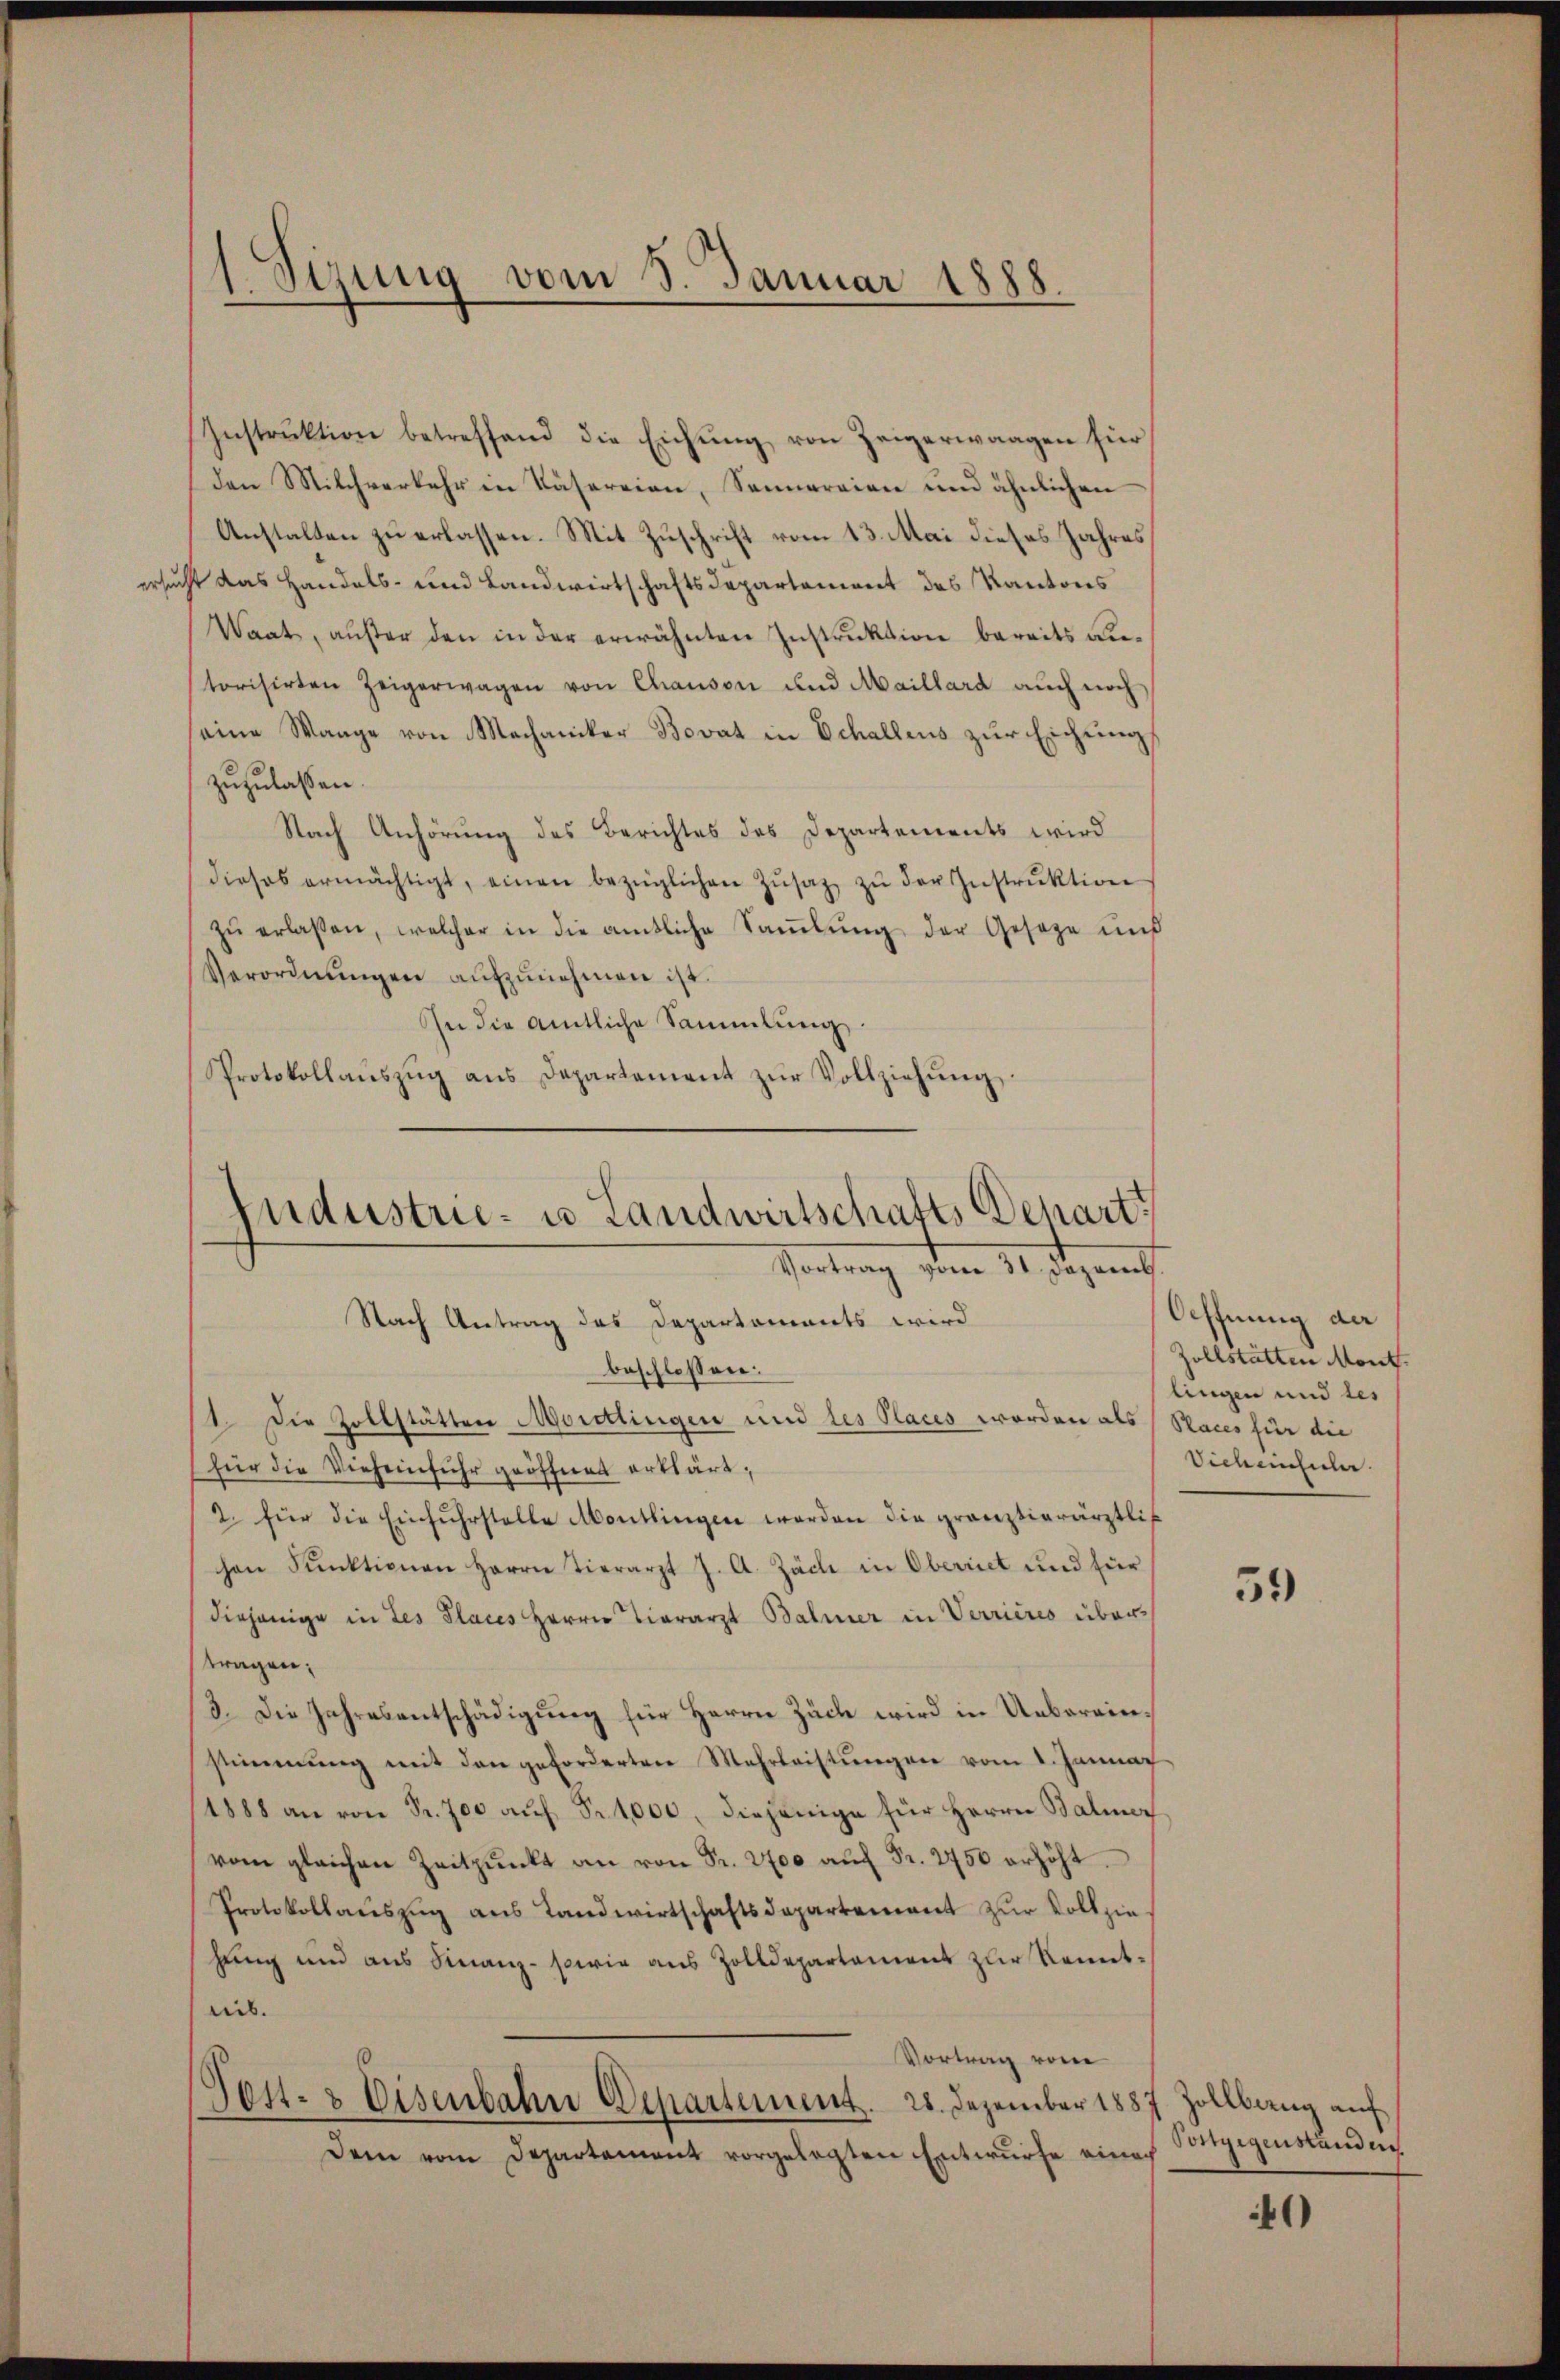
1 Sizung vom 8. Januar 1888.

Instrŭktion betreffend die Eichŭng von Zeigerwaagen für
den Milchverkehr in Käsereien, Sennereien und ähnlichen
Anstalten zu erlassen. Mit Zuschrift vom 13. Mai dieses Jahres
ersucht das Handels- und Landwirtschaftsdepartement des Kantons
Waat, außer den in der erwähnten Instruktion bereits antorisirten Zeigerwagen von Chauson und Maillard auch noch
seine Wange von Mechaniker Bovat in Echallens zŭr Eichungs
zuzulassen.
Nach Anhörung des Berichtes des Departements wird
dieses ermächtigt, einen bezüglichen Zŭsatz zŭ der Instrŭktion
zŭ erlaßen, welcher in die amtliche Saṁlŭng der Geseze und
Verordnŭngen aŭfzŭnehmen ist.
In die amtliche Sammlung
Protokollaŭszŭg ans Departement zŭr Vollziehŭng.

Industrie- u Landwirtschafts Depart
Vortrag vom 11. Stepant
Nach Antrag des Departements wird

beschlossen:
1. Die Zollstätten Moritlingen und des Places worden als Places für die
für die Vieheinfuhr geöffnet erklärt,
2. für die Einfuhrstelle Montlingen werden die gränztierärztlic
chen Pŭnktionen Herrn Tierarzt J. A. Zach in Oberriet und für
diejenige in des Places Herrn Tierarzt Balmer in Verrieres übertragen:
3. Die Jahresentschädigung für Herrn Züch wird in Uebereinstimmung mit den geforderten Mehrleistungen vom 1. Januar
1888 an von Fr. 700 aŭf Fr. 1000, diejenige für Herrn Baliner
vom gleichen Zeitpunkt an von Fr. 2700 aŭf Fr. 2750 erhöht.
Protokollauszug aus Landwirtschaftsdepartement zur Vollziehung und aus Finanz- sowie aus Zolldepartament zŭr Kennt.
eib.
Vortrag von
Pest- & Eisenbahn Departement. 28. Dezember 1887 Zollbang auf
Dem vom Departement vorgelegten Entwurfe eines

Oeffnung der
Zollstätten Mont.
lingen und des
Sickenhule.

59

Vongigenstanden

40